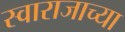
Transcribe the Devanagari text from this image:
स्वाराजाच्या